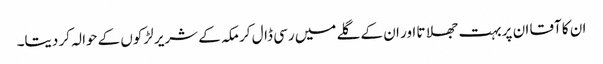
ان کا آقا ان پر بہت جھلاتا اور ان کے گلے میں رسی ڈال کر مکہ کے شریر لڑکوں کے حوالہ کر دیتا۔